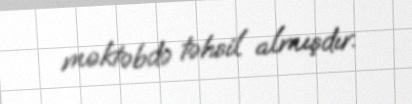
məktəbdə təhsil almışdır.